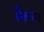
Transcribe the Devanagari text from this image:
क्रिष्ण